Plague in India, 1896, 1897 - Volume 2
Year: 1896
Disease focus: Plague
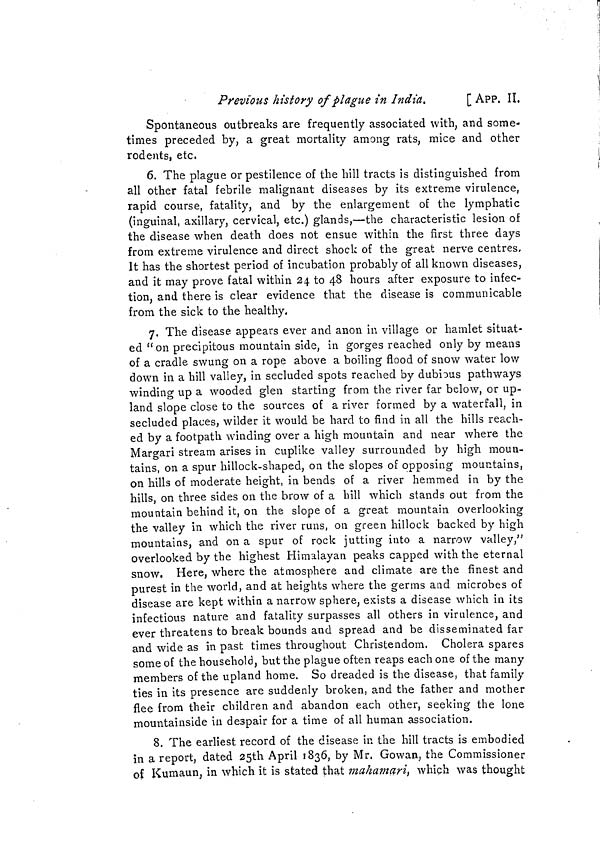
Previous history of plague in India.
[ APP, II.
Spontaneous outbreaks are frequently associated with, and some-
times preceded by, a great mortality among rats, mice and other
rodents, etc,
6. The plague or pestilence of the hill tracts is distinguished from
all other fatal febrile malignant diseases by its extreme virulence,
rapid course, fatality, and by the enlargement of the lymphatic
(inguinal, axillary, cervical, etc.) glands,—the characteristic lesion of
the disease when death does not ensue within the first three days
from extreme virulence and direct shock of the great nerve centres,
It has the shortest period of incubation probably of all known diseases,
and it may prove fatal within 24 to 48 hours after exposure to infec-
tion, and there is clear evidence that the disease is communicable
from the sick to the healthy.
7. The disease appears ever and anon in village or hamlet situat-
ed " on precipitous mountain side, in gorges reached only by means
of a cradle swung on a rope above a boiling flood of snow water low
down in a hill valley, in secluded spots reached by dubious pathways
winding up a wooded glen starting from the river far below, or up-
land slope close to the sources of a river formed by a waterfall, in
secluded places, wilder it would be hard to find in all the hills reach-
ed by a footpath winding over a high mountain and near where the
Margari stream arises in cuplike valley surrounded by high moun-
tains, on a spur hillock-shaped, on the slopes of opposing mountains,
on hills of moderate height, in bends of a river hemmed in by the
hills, on three sides on the brow of a hill which stands out from the
mountain behind it, on the slope of a great mountain overlooking
the valley in which the river runs, on green hillock backed by high
mountains, and on a spur of rock jutting into a narrow valley,"
overlooked by the highest Himalayan peaks capped with the eternal
snow. Here, where the atmosphere and climate are the finest and
purest in the world, and at heights where the germs and microbes of
disease are kept within a narrow sphere, exists a disease which in its
infectious nature and fatality surpasses all others in virulence, and
ever threatens to break bounds and spread and be disseminated far
and wide as in past times throughout Christendom. Cholera spares
some of the household, but the plague often reaps each one of the many
members of the upland home. So dreaded is the disease, that family
ties in its presence are suddenly broken, and the father and mother
flee from their children and abandon each other, seeking the lone
mountainside in despair for a time of all human association.
8. The earliest record of the disease in the hill tracts is embodied
in a report, dated 25th April 1836, by Mr. Gowan, the Commissioner
of Kumaun, in which it is stated that mahamari, which was thought